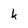
Character: k